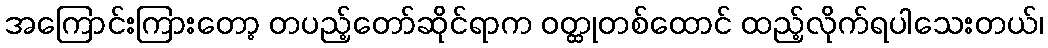
အကြောင်းကြားတော့ တပည့်တော်ဆိုင်ရာက ဝတ္ထုတစ်ထောင် ထည့်လိုက်ရပါသေးတယ်၊